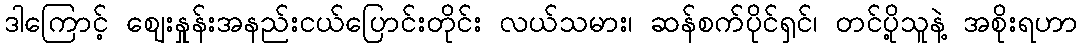
ဒါကြောင့် ဈေးနှုန်းအနည်းငယ်ပြောင်းတိုင်း လယ်သမား၊ ဆန်စက်ပိုင်ရှင်၊ တင်ပို့သူနဲ့ အစိုးရဟာ